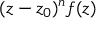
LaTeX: ( z - z _ { 0 } ) ^ { n } f ( z )